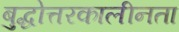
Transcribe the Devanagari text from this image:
बुद्धोत्तरकालीनता